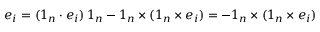
\boldsymbol { e } _ { i } = ( \boldsymbol { 1 } _ { n } \boldsymbol { \cdot } \boldsymbol { e } _ { i } ) \, \boldsymbol { 1 } _ { n } - \boldsymbol { 1 } _ { n } \times ( \boldsymbol { 1 } _ { n } \times \boldsymbol { e } _ { i } ) = - \boldsymbol { 1 } _ { n } \times ( \boldsymbol { 1 } _ { n } \times \boldsymbol { e } _ { i } )